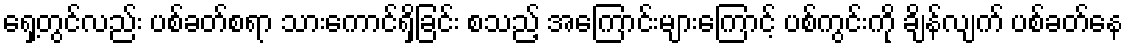
ရှေ့တွင်လည်း ပစ်ခတ်စရာ သားကောင်ရှိခြင်း စသည့် အကြောင်းများကြောင့် ပစ်ကွင်းကို ချိန်လျက် ပစ်ခတ်နေ